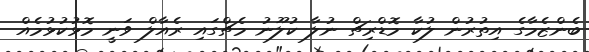
ބެންޒެމާގެ އިތުރުން ލުކާ މޮޑްރިޗް ނުލާ ކުލޫނު މެޗްގައި ރެއާލް ވަނީ މޮޅުކުޅުމެއް